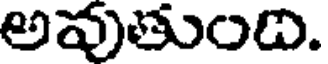
అవుతుంది.